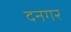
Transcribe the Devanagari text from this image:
दनगर